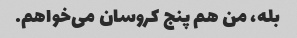
بله، من هم پنج کروسان می‌خواهم.